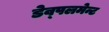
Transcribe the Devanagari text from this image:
डेव्पलमेन्ट